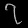
Digit: ၇